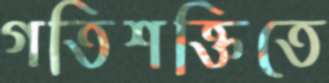
গতিশক্তিতে